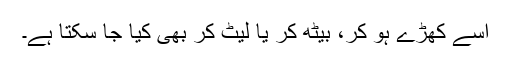
اسے کھڑے ہو کر، بیٹھ کر یا لیٹ کر بھی کیا جا سکتا ہے۔